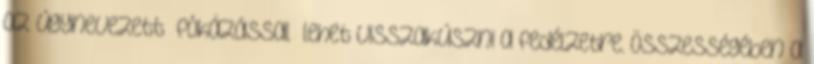
az úgynevezett „fókázással” lehet visszakúszni a fedélzetre. Összességében a